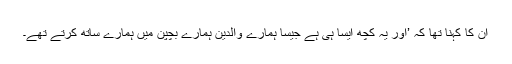
ان کا کہنا تھا کہ ’اور یہ کچھ ایسا ہی ہے جیسا ہمارے والدین ہمارے بچپن میں ہمارے ساتھ کرتے تھے۔